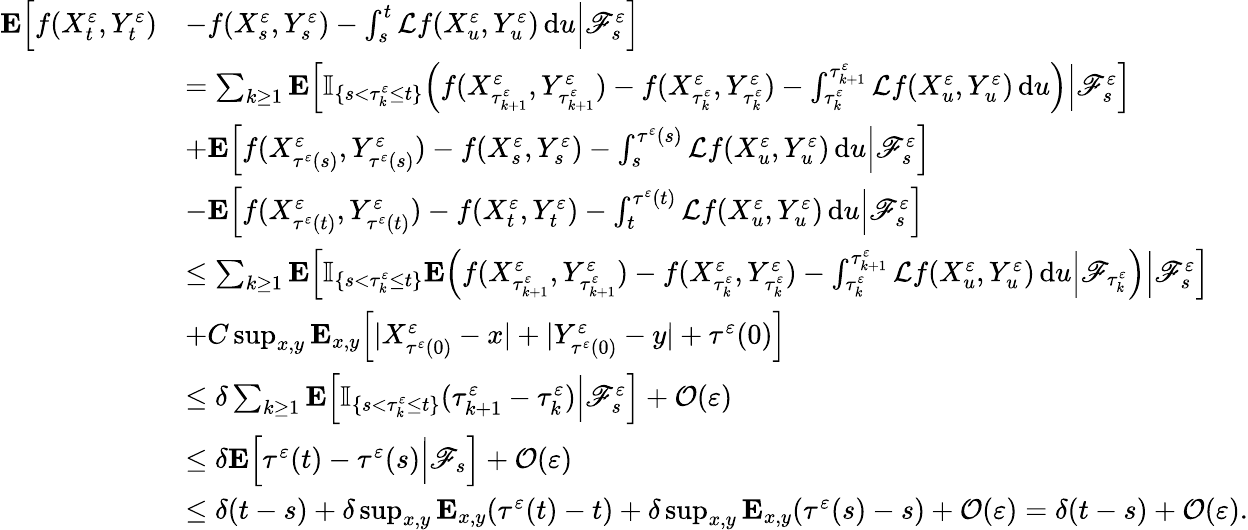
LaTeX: \begin{array}{rl}{\mathbf{E}\Big[f(X_{t}^{\varepsilon},Y_{t}^{\varepsilon})}&{-f(X_{s}^{\varepsilon},Y_{s}^{\varepsilon})-\int_{s}^{t}\mathcal{L}f(X_{u}^{\varepsilon},Y_{u}^{\varepsilon})\, \mathrm{d}u\Big|\mathscr{F}_{s}^{\varepsilon}\Big]}\\ &{=\sum_{k\geq 1}\mathbf{E}\Big[\mathbb{I}_{\{ s<\tau_{k}^{\varepsilon}\leq t\} }\Big(f(X_{\tau_{k+1}^{\varepsilon}}^{\varepsilon},Y_{\tau_{k+1}^{\varepsilon}}^{\varepsilon})-f(X_{\tau_{k}^{\varepsilon}}^{\varepsilon},Y_{\tau_{k}^{\varepsilon}}^{\varepsilon})-\int_{\tau_{k}^{\varepsilon}}^{\tau_{k+1}^{\varepsilon}}\mathcal{L}f(X_{u}^{\varepsilon},Y_{u}^{\varepsilon})\, \mathrm{d}u\Big)\Big|\mathscr{F}_{s}^{\varepsilon}\Big]}\\ &{+\mathbf{E}\Big[f(X_{\tau^{\varepsilon}(s)}^{\varepsilon},Y_{\tau^{\varepsilon}(s)}^{\varepsilon})-f(X_{s}^{\varepsilon},Y_{s}^{\varepsilon})-\int_{s}^{{\tau^{\varepsilon}(s)}}\mathcal{L}f(X_{u}^{\varepsilon},Y_{u}^{\varepsilon})\, \mathrm{d}u\Big|\mathscr{F}_{s}^{\varepsilon}\Big]}\\ &{-\mathbf{E}\Big[f(X_{\tau^{\varepsilon}(t)}^{\varepsilon},Y_{\tau^{\varepsilon}(t)}^{\varepsilon})-f(X_{t}^{\varepsilon},Y_{t}^{\varepsilon})-\int_{t}^{{\tau^{\varepsilon}(t)}}\mathcal{L}f(X_{u}^{\varepsilon},Y_{u}^{\varepsilon})\, \mathrm{d}u\Big|\mathscr{F}_{s}^{\varepsilon}\Big]}\\ &{\leq\sum_{k\geq 1}\mathbf{E}\Big[\mathbb{I}_{\{ s<\tau_{k}^{\varepsilon}\leq t\} }\mathbf{E}\Big(f(X_{\tau_{k+1}^{\varepsilon}}^{\varepsilon},Y_{\tau_{k+1}^{\varepsilon}}^{\varepsilon})-f(X_{\tau_{k}^{\varepsilon}}^{\varepsilon},Y_{\tau_{k}^{\varepsilon}}^{\varepsilon})-\int_{\tau_{k}^{\varepsilon}}^{\tau_{k+1}^{\varepsilon}}\mathcal{L}f(X_{u}^{\varepsilon},Y_{u}^{\varepsilon})\, \mathrm{d}u\Big|\mathscr{F}_{\tau_{k}^{\varepsilon}}\Big)\Big|\mathscr{F}_{s}^{\varepsilon}\Big]}\\ &{+C\operatorname*{sup}_{x,y}\mathbf{E}_{x,y}\Big[|X_{\tau^{\varepsilon}(0)}^{\varepsilon}-x|+|Y_{\tau^{\varepsilon}(0)}^{\varepsilon}-y|+\tau^{\varepsilon}(0)\Big]}\\ &{\leq\delta\sum_{k\geq 1}\mathbf{E}\Big[\mathbb{I}_{\{ s<\tau_{k}^{\varepsilon}\leq t\} }(\tau_{k+1}^{\varepsilon}-\tau_{k}^{\varepsilon})\Big|\mathscr{F}_{s}^{\varepsilon}\Big]+\mathcal{O}(\varepsilon)}\\ &{\leq\delta\mathbf{E}\Big[\tau^{\varepsilon}(t)-\tau^{\varepsilon}(s)\Big|\mathscr{F}_{s}\Big]+\mathcal{O}(\varepsilon)}\\ &{\leq\delta(t-s)+\delta\operatorname*{sup}_{x,y}\mathbf{E}_{x,y}(\tau^{\varepsilon}(t)-t)+\delta\operatorname*{sup}_{x,y}\mathbf{E}_{x,y}(\tau^{\varepsilon}(s)-s)+\mathcal{O}(\varepsilon)=\delta(t-s)+\mathcal{O}(\varepsilon).}\end{array}